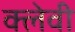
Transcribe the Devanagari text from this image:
क्लेवी